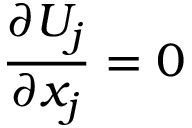
{ \frac { \partial U _ { j } } { \partial x _ { j } } } = 0